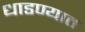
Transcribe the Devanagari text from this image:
धाडण्यात